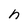
Character: h